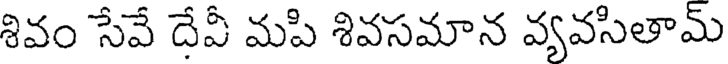
శివం సేవే దేవీ మపి శివసమాన వ్యవసితామ్